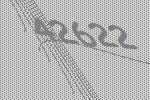
42622